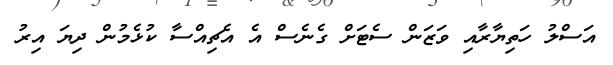
އަސްލު ހަތިޔާރާއި ވަޒަން ސެޓަށް ގެނެސް އެ އެޗިއްސާ ކުޅެމުން ދިޔަ އިރު